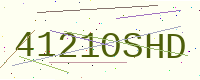
Text: 4121OSHD